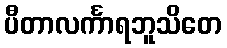
ပီတာလင်္ကာရဘူသိတေ